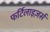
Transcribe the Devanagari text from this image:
फर्टिलाइज़र्स